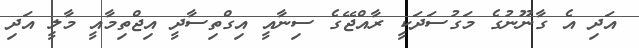
އަދި އެ ގާނޫނުގެ މަގުސަދަކީ ރާއްޖޭގެ ސިނާއީ އިގްތިސާދީ އިޖްތިމާއީ މާލީ އަދި